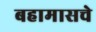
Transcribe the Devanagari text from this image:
बहामासचे